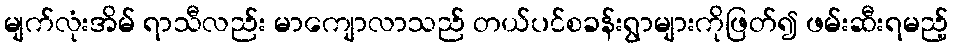
မျက်လုံးအိမ် ရာသီလည်း မာကျောလာသည် တယ်ပင်စခန်းရွာများကိုဖြတ်၍ ဖမ်းဆီးရမည့်